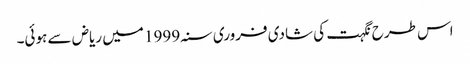
اس طرح نگہت کی شادی فروری سنہ 1999 میں ریاض سے ہوئی۔